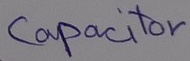
Text: Capacitor